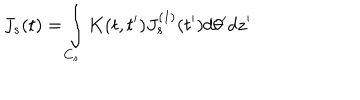
J _ { s } ( t ) = \int _ { C _ { s } } K ( t , t ^ { \prime } ) J _ { s } ^ { ( 1 ) } ( t ^ { \prime } ) d \theta ^ { \prime } d z ^ { \prime }